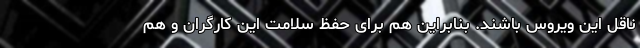
ناقل این ویروس باشند. بنابراین هم برای حفظ سلامت این کارگران و هم